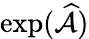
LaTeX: \exp(\widehat{\mathcal{A}})